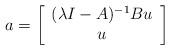
LaTeX: \begin{align*} a = \left[\begin{array}{c} (\lambda I -A)^{-1}B u \\ u \end{array}\right]\end{align*}